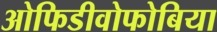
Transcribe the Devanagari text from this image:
ओफिडीवोफोबिया